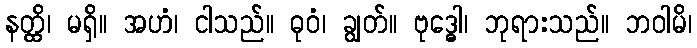
နတ္ထိ၊ မရှိ။ အဟံ၊ ငါသည်။ ဓုဝံ၊ ချွတ်။ ဗုဒ္ဓေါ၊ ဘုရားသည်။ ဘဝါမိ၊